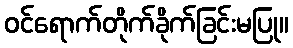
ဝင်ရောက်တိုက်ခိုက်ခြင်းမပြု။